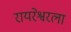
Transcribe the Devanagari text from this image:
रायरेश्वरला